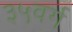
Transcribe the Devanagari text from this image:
३५वर्ग